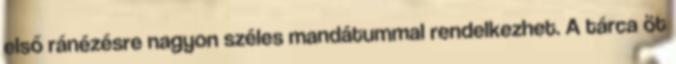
első ránézésre nagyon széles mandátummal rendelkezhet. A tárca öt